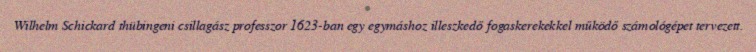
Wilhelm Schickard thübingeni csillagász professzor 1623-ban egy egymáshoz illeszkedő fogaskerekekkel működő számológépet tervezett.